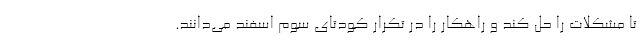
تا مشکلات را حل کند و راهکار را در تکرار کودتای سوم اسفند می‌دانند.